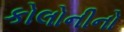
કોલોનીનો